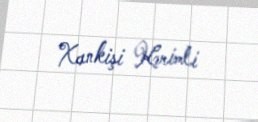
Xankişi Kərimli